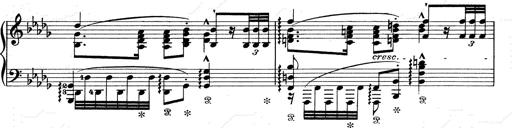
Title: Walhall aus Der Ring des Nibelungen
Composer: Franz Liszt